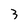
Character: 3